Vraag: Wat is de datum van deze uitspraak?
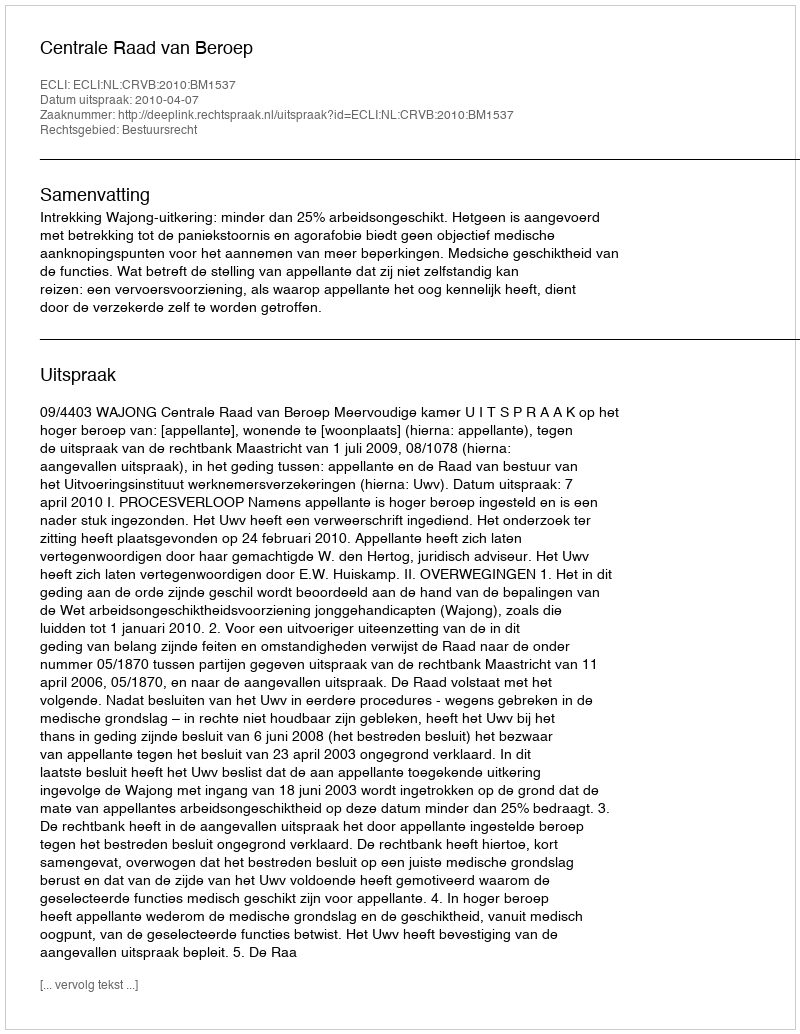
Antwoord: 2010-04-07